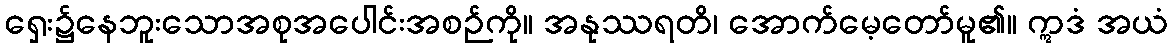
ရှေး၌နေဘူးသောအစုအပေါင်းအစဉ်ကို။ အနုဿရတိ၊ အောက်မေ့တော်မူ၏။ ဣဒံ အယံ